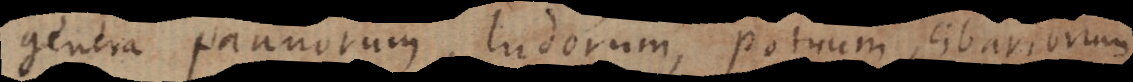
genera pannorum, ludorum, potuum, cibariorum,